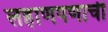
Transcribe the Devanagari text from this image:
लहाणपणाची